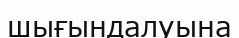
шығындалуына